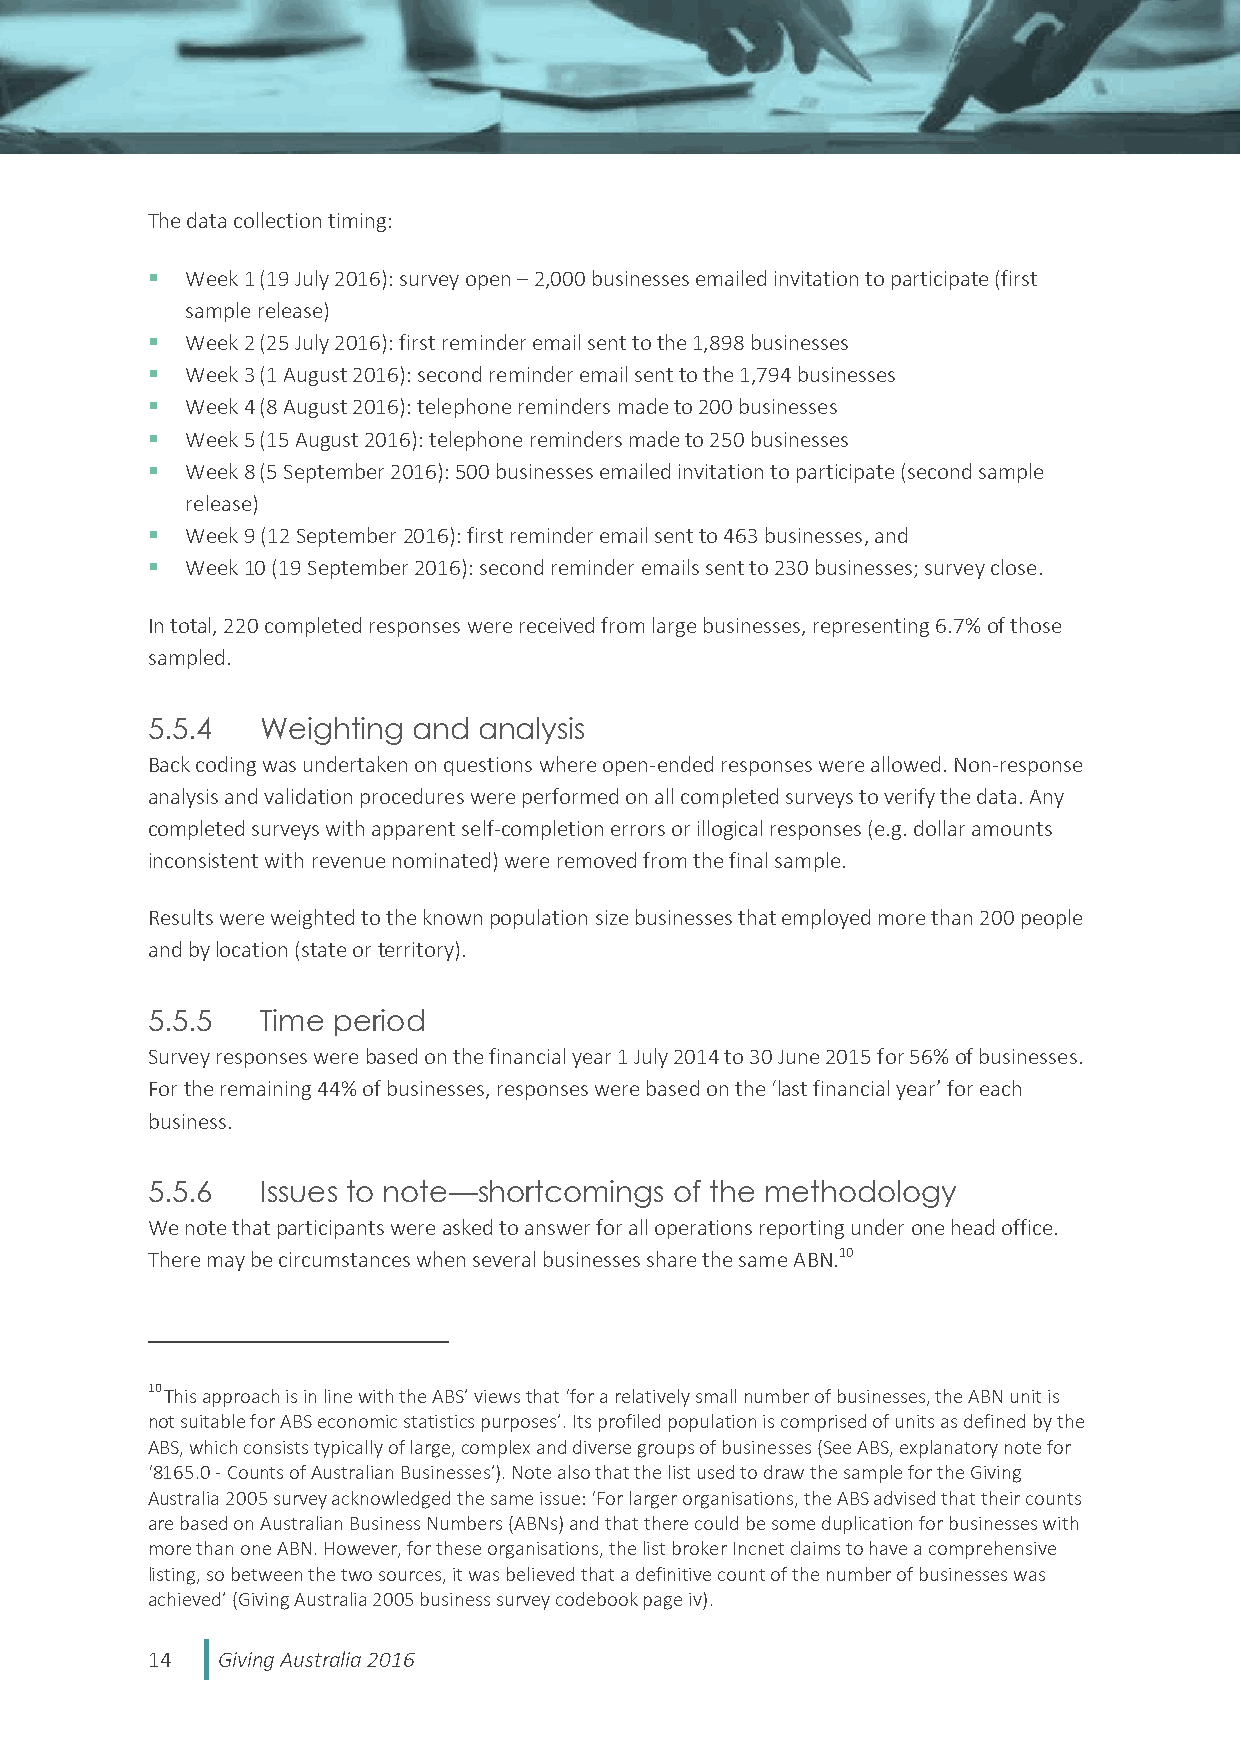
The data collection timing:
  Week 1 (19 July 2016): survey open – 2,000 businesses emailed invitation to participate (first
 sample release)
  Week 2 (25 July 2016): first reminder email sent to the 1,898 businesses
  Week 3 (1 August 2016): second reminder email sent to the 1,794 businesses
  Week 4 (8 August 2016): telephone reminders made to 200 businesses
  Week 5 (15 August 2016): telephone reminders made to 250 businesses
  Week 8 (5 September 2016): 500 businesses emailed invitation to participate (second sample
 release)
  Week 9 (12 September 2016): first reminder email sent to 463 businesses, and
  Week 10 (19 September 2016): second reminder emails sent to 230 businesses; survey close.
 In total, 220 completed responses were received from large businesses, representing 6.7% of those
 sampled.
 5.5.4  Weighting and  analysis
 Back coding was undertaken on questions where open-ended responses were allowed. Non-response
 analysis and validation procedures were performed on all completed surveys to verify the data. Any
 completed surveys with apparent self-completion errors or illogical responses (e.g. dollar amounts
 inconsistent with revenue nominated) were removed from the final sample.
 Results were weighted to the known population size businesses that employed more than 200 people
 and by location (state or territory).
 5.5.5  Time period
 Survey responses were based on the financial year 1 July 2014 to 30 June 2015 for 56% of businesses.
 For the remaining 44% of businesses, responses were based on the ‘last financial year’ for each
 business.
 5.5.6  Issues to note—shortcomings of the methodology
 We note that participants were asked to answer for all operations reporting under one head office.
 There may be circumstances when several businesses share the same ABN.10
 10 This approach is in line with the ABS’ views that ‘for a relatively small number of businesses, the ABN unit is
 not suitable for ABS economic statistics purposes’. Its profiled population is comprised of units as defined by the
 ABS, which consists typically of large, complex and diverse groups of businesses (See ABS, explanatory note for
 ‘8165.0 - Counts of Australian Businesses’). Note also that the list used to draw the sample for the Giving
 Australia 2005 survey acknowledged the same issue: ‘For larger organisations, the ABS advised that their counts
 are based on Australian Business Numbers (ABNs) and that there could be some duplication for businesses with
 more than one ABN. However, for these organisations, the list broker Incnet claims to have a comprehensive
 listing, so between the two sources, it was believed that a definitive count of the number of businesses was
 achieved’ (Giving Australia 2005 business survey codebook page iv).
 14  Giving Australia 2016